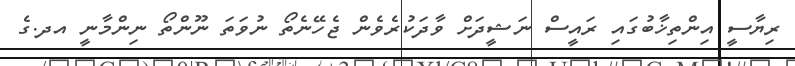
ރިޔާސީ އިންތިޚާބުގައި ރައީސް ނަޝީދަށް ވާދަކުރެވެން ޖެހޭނެތޯ ނުވަތަ ނޫންތޯ ނިންމާނީ އދ.ގެ